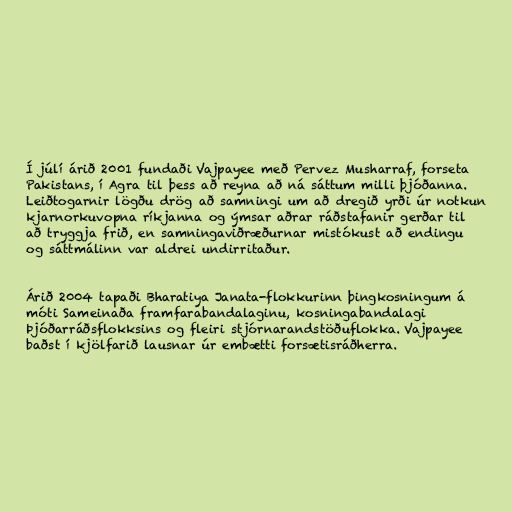
Í júlí árið 2001 fundaði Vajpayee með Pervez Musharraf, forseta
Pakistans, í Agra til þess að reyna að ná sáttum milli þjóðanna.
Leiðtogarnir lögðu drög að samningi um að dregið yrði úr notkun
kjarnorkuvopna ríkjanna og ýmsar aðrar ráðstafanir gerðar til
að tryggja frið, en samningaviðræðurnar mistókust að endingu
og sáttmálinn var aldrei undirritaður.

Árið 2004 tapaði Bharatiya Janata-flokkurinn þingkosningum á
móti Sameinaða framfarabandalaginu, kosningabandalagi
Þjóðarráðsflokksins og fleiri stjórnarandstöðuflokka. Vajpayee
baðst í kjölfarið lausnar úr embætti forsætisráðherra.